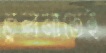
তুলনাতেই